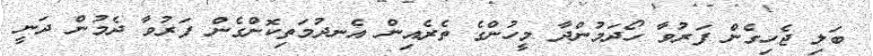
ބަލި ޖެހިގެން ފަރުވާ ހޯދަމުންދާ މީހުންގެ ތެރެއިން އެނދުމަތިކޮށްގެން ފަރުވާ ދެމުން ދަނީ